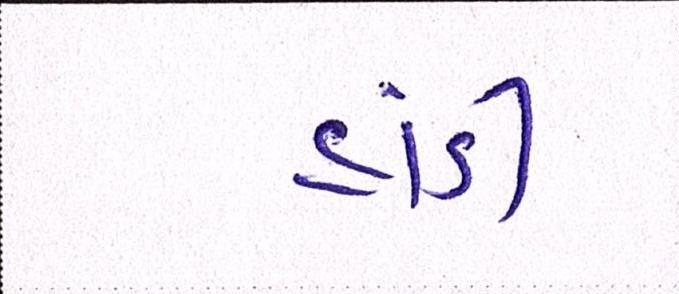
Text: હાંડી